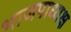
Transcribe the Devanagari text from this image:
भाजपाध्यक्ष